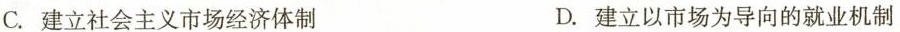
C.建立社会主义市场经济体制 D.建立以市场为导向的就业机制